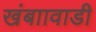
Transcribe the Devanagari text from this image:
खंबाावाडी